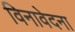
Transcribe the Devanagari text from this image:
विनावेदना